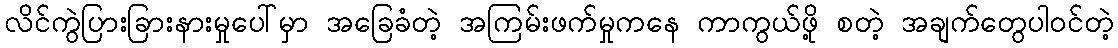
လိင်ကွဲပြားခြားနားမှုပေါ်မှာ အခြေခံတဲ့ အကြမ်းဖက်မှုကနေ ကာကွယ်ဖို့ စတဲ့ အချက်တွေပါဝင်တဲ့